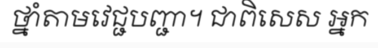
ថ្នាំតាមវេជ្ជបញ្ជា។ ជាពិសេស អ្នក